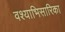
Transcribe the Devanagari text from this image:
वश्याभिसारिका